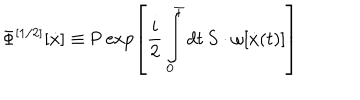
\Phi ^ { \left[ { 1 / 2 } \right] } \left[ { \dot { x } } \right] _ { } \equiv \mathrm { P } \exp \left[ { \frac { i } { 2 } \int _ { 0 } ^ { T } { d t \, S \cdot \omega [ \dot { x } ( t ) ] } } \right]